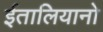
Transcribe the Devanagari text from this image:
ईतालियानो